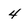
Character: 4